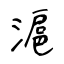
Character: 滬